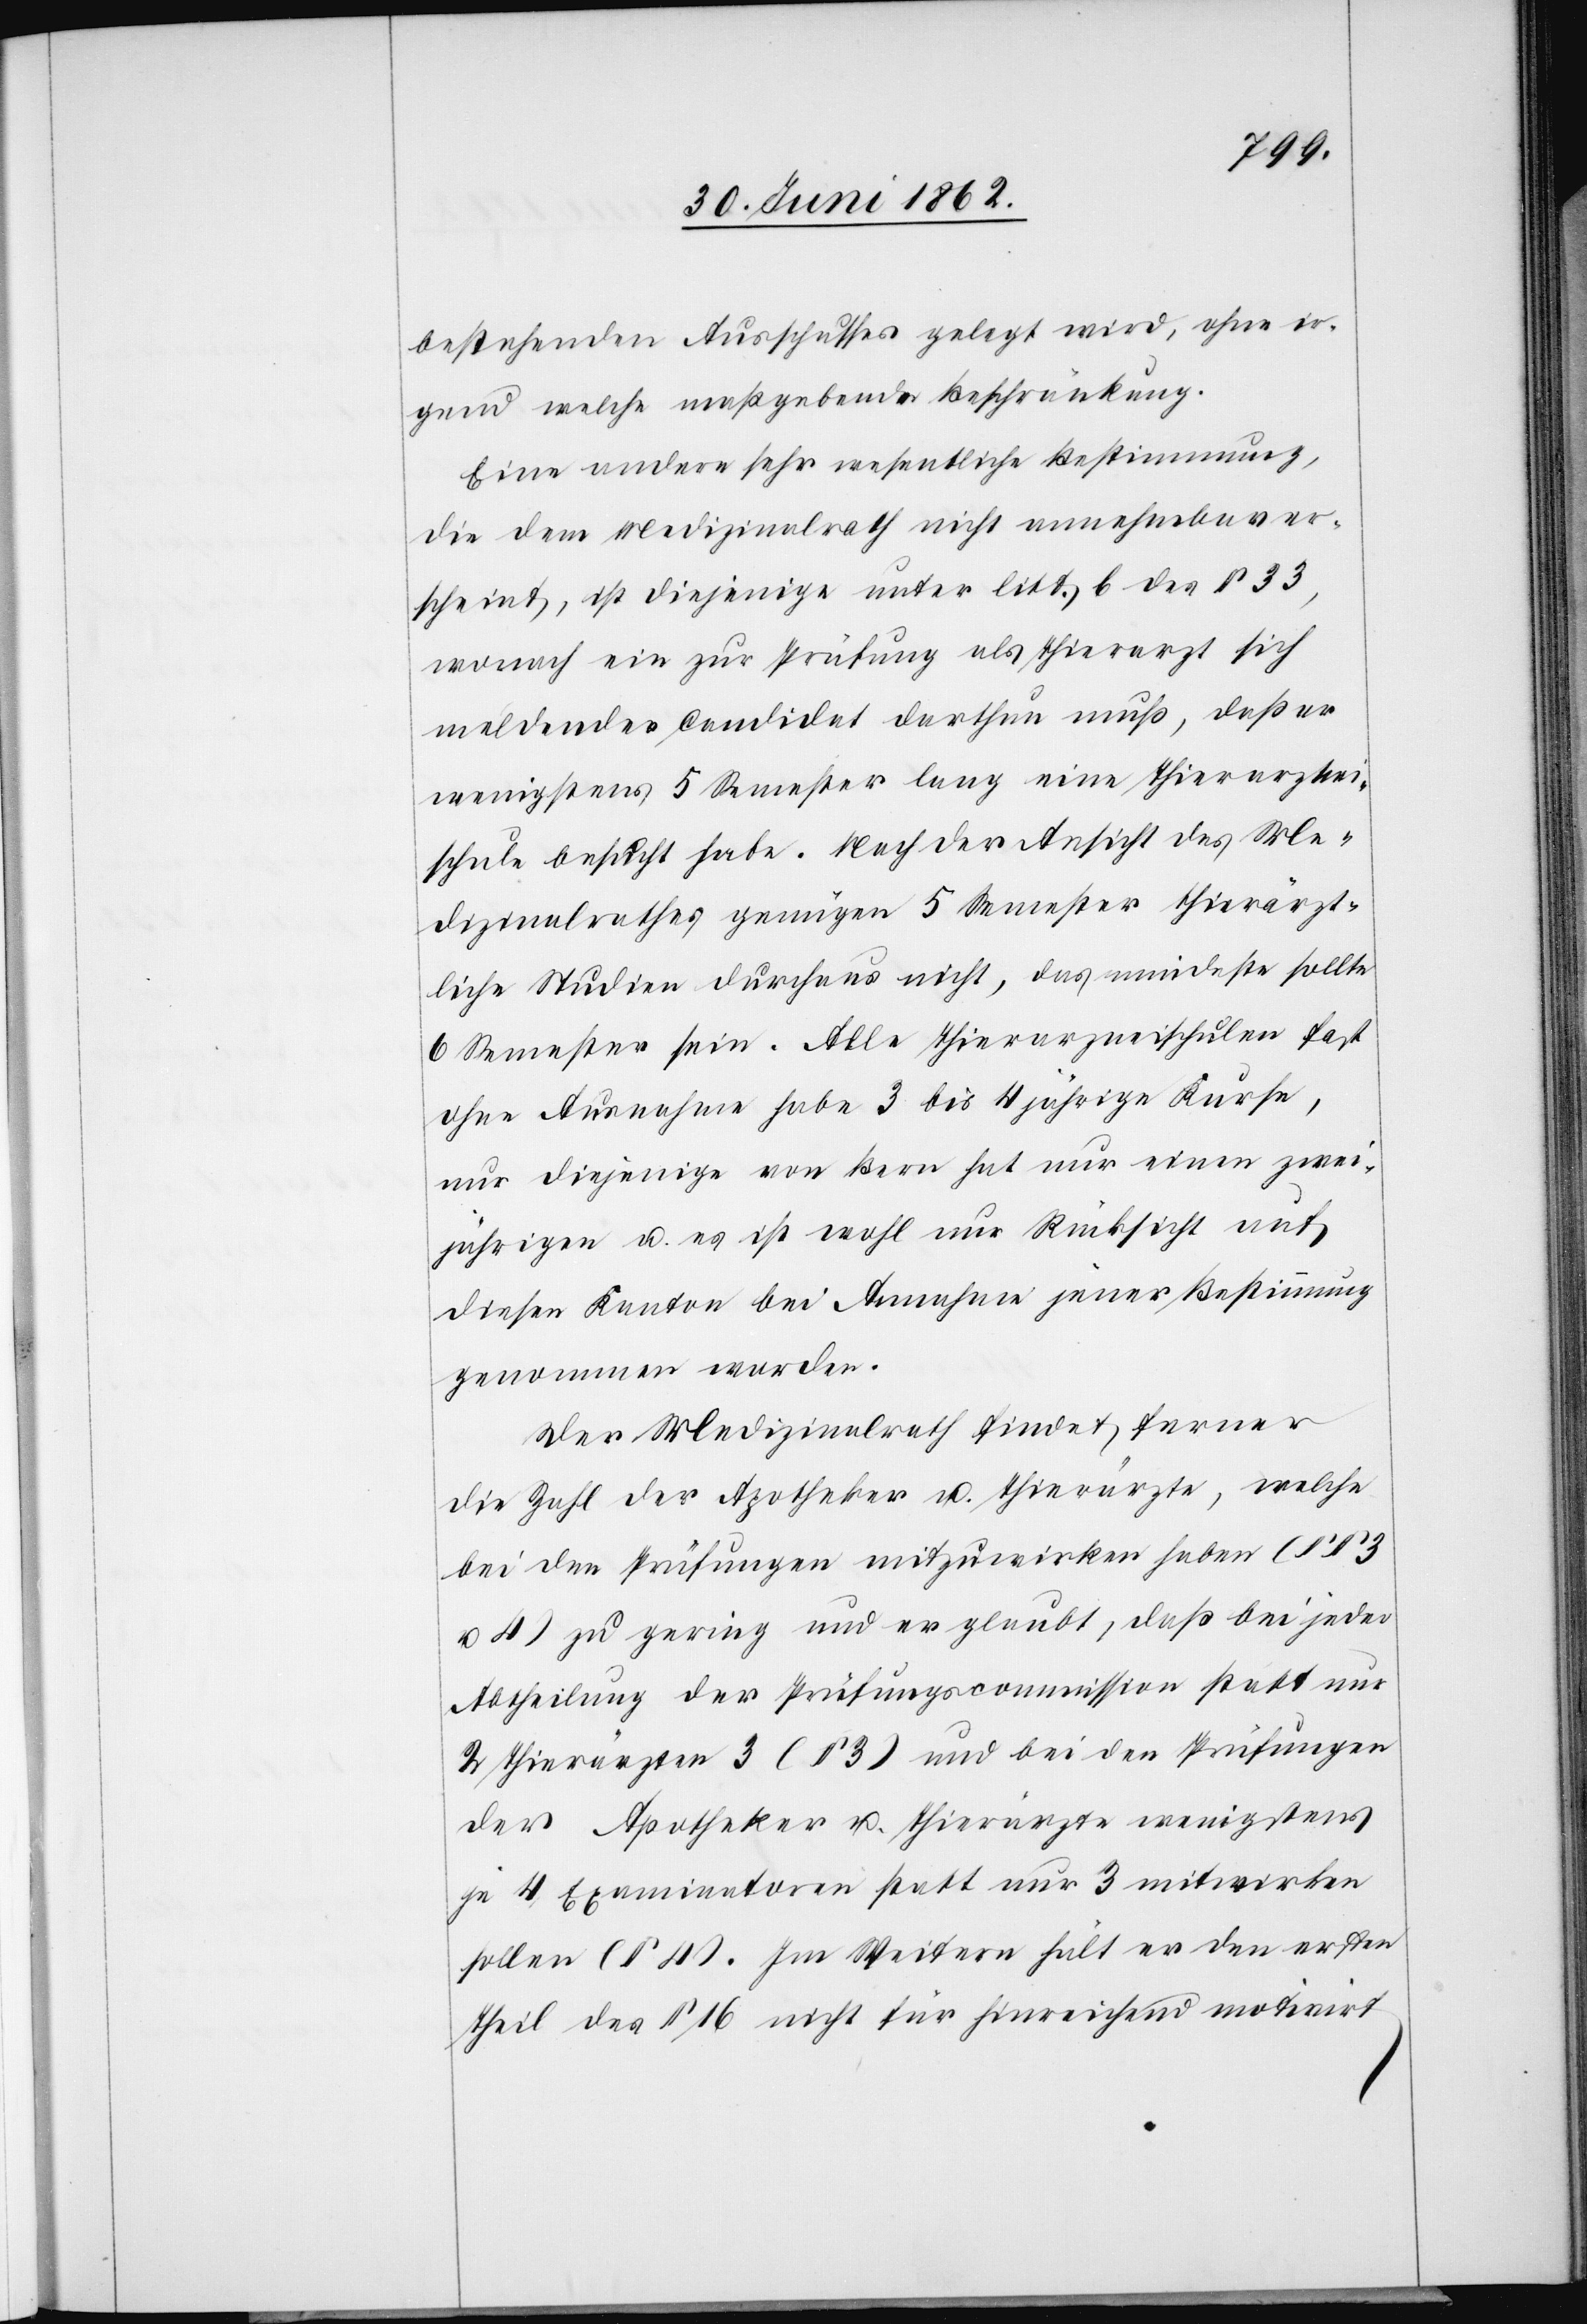
bestehenden Ausschusses gelegt wird, ohne ir¬
gend welche maßgebende Beschränkung.
Eine andere sehr wesentliche Bestimmung,
die dem Medizinalrath nicht annehmbar er¬
scheint, ist diejenige unter litt. b des § 33,
wonach ein zur Prüfung als Thierarzt sich
meldender Candidat darthun muß, daß er
wenigstens 5 Semester lang eine Thierarznei¬
schule besucht habe. Nach der Ansicht des Me¬
dizinalrathes genügen 5 Semester thierärzt¬
liche Studien durchaus nicht, das mindeste sollte[n]
6 Semester sein. Alle Thierarzneischulen fast
ohne Ausnahme haben 3 bis 4 jährige Kurse,
nur diejenige von Bern hat nur einen zwei¬
jährigen u. es ist wohl nur Rücksicht auf
diesen Kanton bei Annahme jener Bestimmung
genommen worden.
Der Medizinalrath findet ferner
die Zahl der Apotheker u. Thierärzte, welche
bei den Prüfungen mitzuwirken haben (§§ 3
u. 4) zu gering und er glaubt, daß bei jeder
Abtheilung der Prüfungscommission statt nur
2 Thierärzten 3 (§ 3) und bei den Prüfungen
der Apotheker u. Thierärzte wenigstens
je 4 Examinatoren statt nur 3 mitwirken
sollen (§ 4). Im Weitern hält er den ersten
Theil des § 16 nicht für hinreichend motivirt